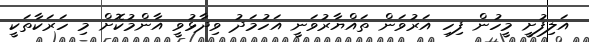
އަލިފުށީ މީހުން ފިހި އަރުވަން ތައްޔާރުވަނީ އަހުމަދު ވިދާޅުވީ އާންމުކޮށް މި ހަރަކާތަކީ